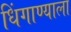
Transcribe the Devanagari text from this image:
धिंगाण्याला